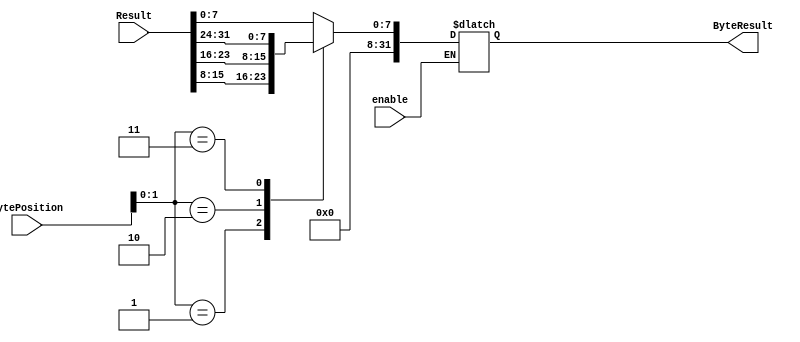
module byteController(
    Result,
    BytePosition,
    ByteResult,
    enable
);
    input wire [31:0] Result;
    input wire [31:0] BytePosition;
    input wire enable;
    output reg [31:0] ByteResult;

    always @(*)
        if (enable)
        case (BytePosition[1:0])
            2'b00: ByteResult = {24'b000000000000000000000000, Result[7:0]};
            2'b01: ByteResult = {24'b000000000000000000000000, Result[15:8]};
            2'b10: ByteResult = {24'b000000000000000000000000, Result[23:16]};
            2'b11: ByteResult = {24'b000000000000000000000000, Result[31:24]};
            default: ByteResult = 32'bxxxxxxxxxxxxxxxxxxxxxxxxxxxxxxxx;
        endcase
endmodule